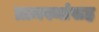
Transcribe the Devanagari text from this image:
ग्रामस्थांसह